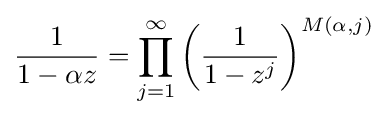
{1 \over 1-\alpha z}=\prod _{j=1}^{\infty }\left({1 \over 1-z^{j}}\right)^{M(\alpha ,j)}